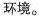
环境.。